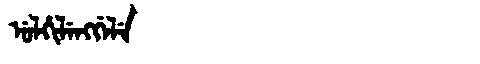
Manchu: ᡠᠯᡥᡳᠯᡝᠩᡤᡝᠯᡝ
Romanization: ULHILENGGELE